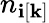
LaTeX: n_{\mathbf{i}[\textbf{{k}}]}